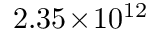
2 . 3 5 \! \times \! 1 0 ^ { 1 2 }